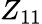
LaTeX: Z_{11}